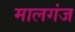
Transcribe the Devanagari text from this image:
मालगंज